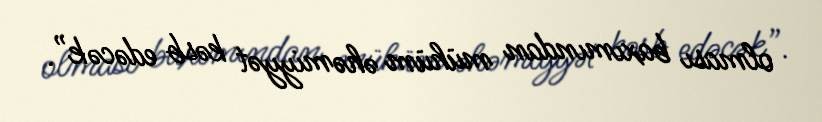
olması baxımından mühüm əhəmiyyət kəsb edəcək”.